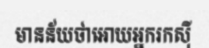
មានន័យថាអោយអ្នករកស៊ី